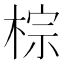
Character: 棕